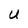
Character: U